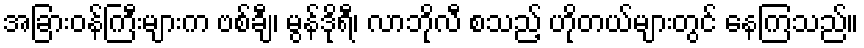
အခြားဝန်ကြီးများက ဗစ်ချီ၊ မွန်ဒိုရီ၊ လာဘိုလီ စသည့် ဟိုတယ်များတွင် နေကြသည်။